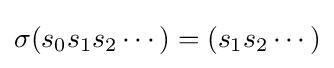
{\displaystyle \sigma (s_{0}s_{1}s_{2}\cdots )=(s_{1}s_{2}\cdots )}